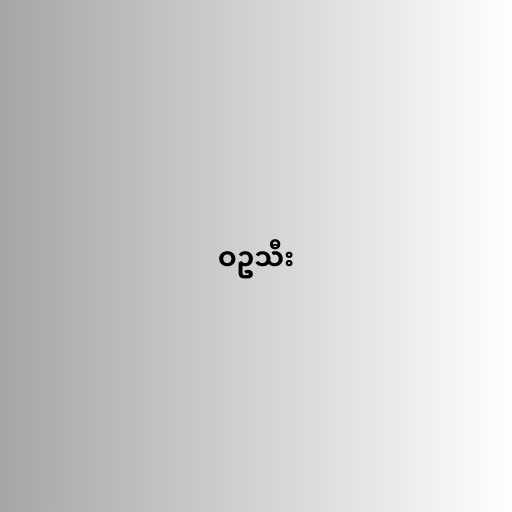
ဝဥသီး